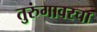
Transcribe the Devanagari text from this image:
तुरुंगावरचा